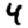
Digit: 4